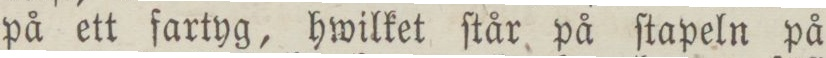
på ett fartyg, hwilket ſtår på ſtapeln på